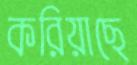
করিয়াছে